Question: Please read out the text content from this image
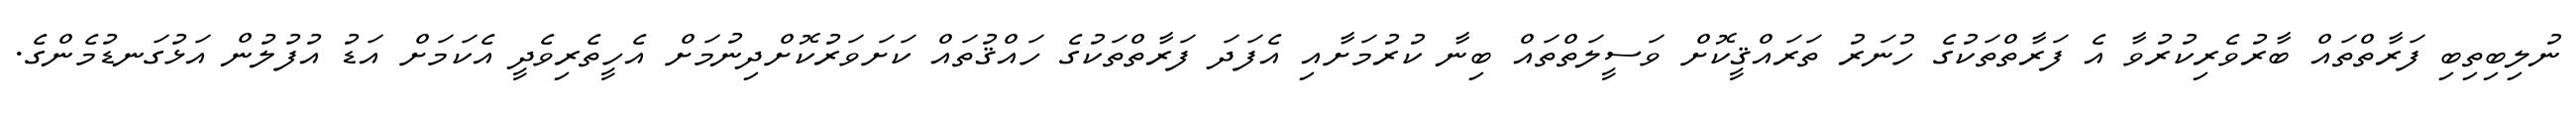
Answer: ނުލިބިތިބި ފަރާތްތައް ބާރުވެރިކުރުވާ އެ ފަރާތްތަކުގެ ހުނަރު ތަރައްޤީކޮށް ވަސީލަތްތައް ބިނާ ކުރުމަށާއި އެފަދަ ފަރާތްތަކުގެ ހައްޤުތައް ކަށަވަރުކޮށްދިނުމަށް އެހީތެރިވެދީ އެކަމަށް އަޑު އުފުލުން އަޅުގަނޑުމެންގެ.